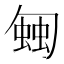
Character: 𧍀